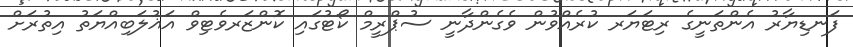
ފަނޑިޔާރު އެންތަނީގެ ރިޓަޔަރ ކުރެއްވުން ވެގެންދާނީ ސުޕްރީމް ކޯޓުގައި ކޮންޒަރވެޓިވް އަޣުލަބިއްޔަތު އިތުރަށް